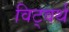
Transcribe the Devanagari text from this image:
विट्वर्थ